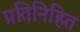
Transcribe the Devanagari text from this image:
प्रतिनिहित